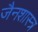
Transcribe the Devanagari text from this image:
जैनशास्त्र